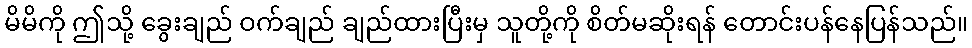
မိမိကို ဤသို့ ခွေးချည် ဝက်ချည် ချည်ထားပြီးမှ သူတို့ကို စိတ်မဆိုးရန် တောင်းပန်နေပြန်သည်။